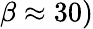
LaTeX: \beta\approx 30)